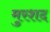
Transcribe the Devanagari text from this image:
मुरशद